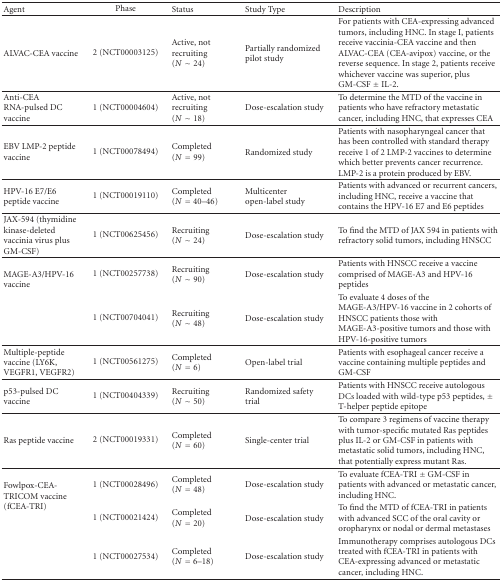
<table><thead><tr><td><b>Agent</b></td><td><b>Phase</b></td><td><b>Status</b></td><td><b>Study Type</b></td><td><b>Description</b></td></tr></thead><tbody><tr><td>ALVAC-CEA vaccine</td><td>2 (NCT00003125)</td><td>Active, not recruiting (<i>N</i> ~ 24)</td><td>Partially randomized pilot study</td><td>For patients with CEA-expressing advanced tumors, including HNC. In stage I, patients receive vaccinia-CEA vaccine and then ALVAC-CEA (CEA-avipox) vaccine, or the reverse sequence. In stage 2, patients receive whichever vaccine was superior, plus GM-CSF ± IL-2.</td></tr><tr><td>Anti-CEA RNA-pulsed DC vaccine</td><td>1 (NCT00004604)</td><td>Active, not recruiting (<i>N</i> ~ 18)</td><td>Dose-escalation study</td><td>To determine the MTD of the vaccine in patients who have refractory metastatic cancer, including HNC, that expresses CEA</td></tr><tr><td>EBV LMP-2 peptide vaccine</td><td>1 (NCT00078494)</td><td>Completed (<i>N</i> = 99)</td><td>Randomized study</td><td>Patients with nasopharyngeal cancer that has been controlled with standard therapy receive 1 of 2 LMP-2 vaccines to determine which better prevents cancer recurrence. LMP-2 is a protein produced by EBV.</td></tr><tr><td>HPV-16 E7/E6 peptide vaccine</td><td>1 (NCT00019110)</td><td>Completed (<i>N</i> = 40–46)</td><td>Multicenter open-label study</td><td>Patients with advanced or recurrent cancers, including HNC, receive a vaccine that contains the HPV-16 E7 and E6 peptides</td></tr><tr><td>JAX-594 (thymidine kinase-deleted vaccinia virus plus GM-CSF)</td><td>1 (NCT00625456)</td><td>Recruiting (<i>N</i> ~ 24)</td><td>Dose-escalation study</td><td>To find the MTD of JAX 594 in patients with refractory solid tumors, including HNSCC</td></tr><tr><td rowspan="2">MAGE-A3/HPV-16 vaccine</td><td>1 (NCT00257738)</td><td>Recruiting (<i>N</i> ~ 90)</td><td>Dose-escalation study</td><td>Patients with HNSCC receive a vaccine comprised of MAGE-A3 and HPV-16 peptides</td></tr><tr><td>1 (NCT00704041)</td><td>Recruiting (<i>N</i> ~ 48)</td><td>Dose-escalation study</td><td>To evaluate 4 doses of the MAGE-A3/HPV-16 vaccine in 2 cohorts of HNSCC patients those with MAGE-A3-positive tumors and those with HPV-16-positive tumors</td></tr><tr><td>Multiple-peptide vaccine (LY6K, VEGFR1, VEGFR2)</td><td>1 (NCT00561275)</td><td>Completed (<i>N</i> = 6)</td><td>Open-label trial</td><td>Patients with esophageal cancer receive a vaccine containing multiple peptides and GM-CSF</td></tr><tr><td>p53-pulsed DC vaccine</td><td>1 (NCT00404339)</td><td>Recruiting (<i>N</i> ~ 50)</td><td>Randomized safety trial</td><td>Patients with HNSCC receive autologous DCs loaded with wild-type p53 peptides, ± T-helper peptide epitope</td></tr><tr><td>Ras peptide vaccine</td><td>2 (NCT00019331)</td><td>Completed (<i>N</i> = 60)</td><td>Single-center trial</td><td>To compare 3 regimens of vaccine therapy with tumor-specific mutated Ras peptides plus IL-2 or GM-CSF in patients with metastatic solid tumors, including HNC, that potentially express mutant Ras.</td></tr><tr><td rowspan="3">Fowlpox-CEA-TRICOM vaccine (fCEA-TRI)</td><td>1 (NCT00028496)</td><td>Completed (<i>N</i> = 48)</td><td>Dose-escalation study</td><td>To evaluate fCEA-TRI ± GM-CSF in patients with advanced or metastatic cancer, including HNC.</td></tr><tr><td>1 (NCT00021424)</td><td>Completed (<i>N</i> = 20)</td><td>Dose-escalation study</td><td>To find the MTD of fCEA-TRI in patients with advanced SCC of the oral cavity or oropharynx or nodal or dermal metastases</td></tr><tr><td>1 (NCT00027534)</td><td>Completed (<i>N</i> = 6–18)</td><td>Dose-escalation study</td><td>Immunotherapy comprises autologous DCs treated with fCEA-TRI in patients with CEA-expressing advanced or metastatic cancer, including HNC.</td></tr></tbody></table>